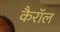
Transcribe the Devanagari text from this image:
कैराॅल